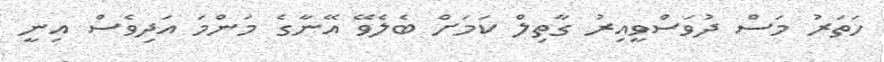
ހަތަރުު މަސް ދުވަސްވީއިރު ގާތިލް ކަމަށް ބެލެވޭ އޭނާގެ މަންމަ އަދިވެސް އިނީ